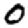
Digit: 0